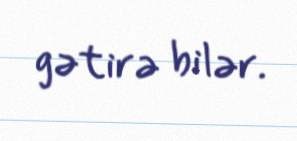
gətirə bilər.